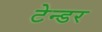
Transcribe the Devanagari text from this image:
टेन्‍डर